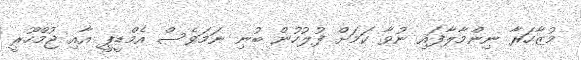
މުޒާހަރާ ނިންމާލާފައި ނުވާ ކަމަށް ފުލުހުން ބުނި ނަމަވެސް އެމްޑީޕީ އާއި ޖުމްހޫރީ